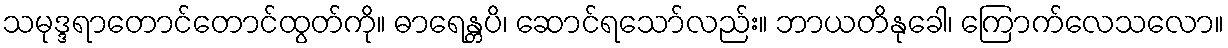
သမုဒ္ဒရာတောင်တောင်ထွတ်ကို။ ဓာရေန္တပိ၊ ဆောင်ရသော်လည်း။ ဘာယတိနုခေါ၊ ကြောက်လေသလော။